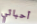
أحبائي